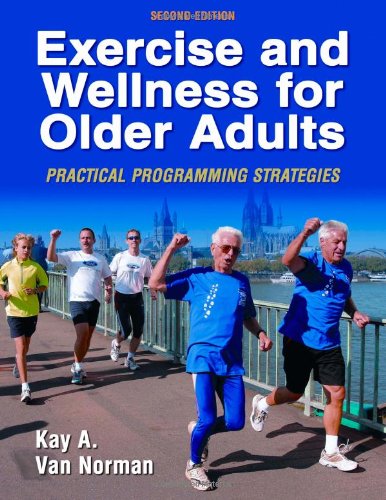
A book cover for Exercise and Wellness for Older Adults - 2nd Edition: Practical Programming Strategies; Kay Van Norman; Health, Fitness & Dieting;